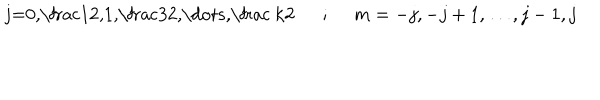
LaTeX: \mathrm { ~ j = 0 , \frac 1 2 , 1 , \frac 3 2 , \dots , \frac ~ k 2 ~ } ~ ~ ; ~ ~ m = - j , - j + 1 , \dots , j - 1 , j